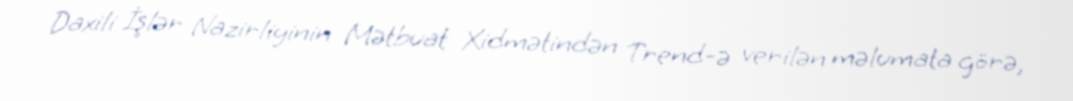
Daxili İşlər Nazirliyinin Mətbuat Xidmətindən Trend-ə verilən məlumata görə,